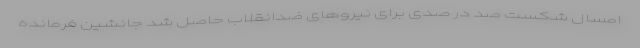
امسال شکست صد در صدی برای نیروهای ضدانقلاب حاصل شد جانشین فرمانده